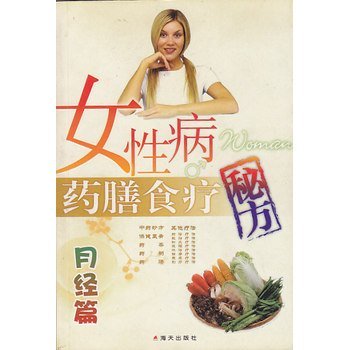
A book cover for female patients medicated diet recipe: Menstrual articles (paperback); GU XIANG; Health, Fitness & Dieting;